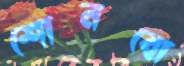
শোনবো